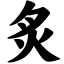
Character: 炙